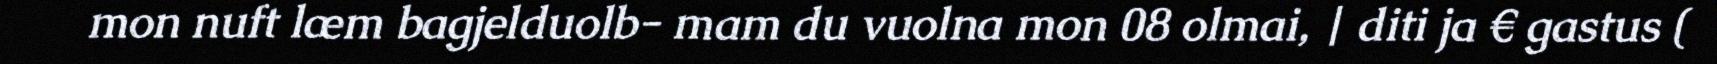
mon nuft læm bagjelduolb- mam du vuolna mon 08 olmai, | diti ja € gastus (